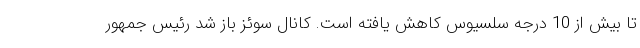
تا بیش از 10 درجه سلسیوس کاهش یافته است. کانال سوئز باز شد رئیس جمهور